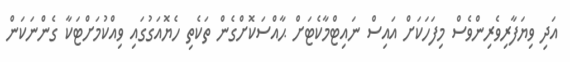
އަދި ވިޔަފާރިވެރިންވެސް މިފަހަކަށް އައިސް ނައިޓްމާކެޓަށް ޙާއްސަކޮށްގެން ތަކެތި ހެޔޮއަގުގައި ވިއްކުމަށްޓަކާ ގެންނަކަން